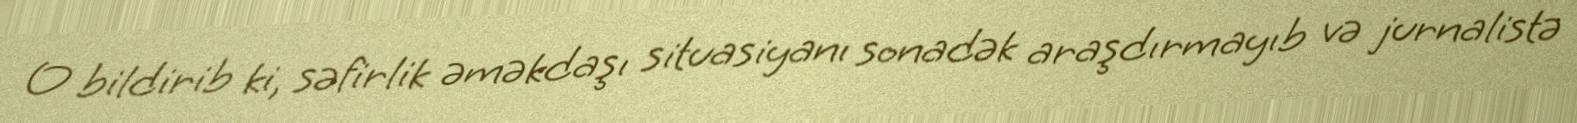
O bildirib ki, səfirlik əməkdaşı situasiyanı sonadək araşdırmayıb və jurnalistə